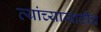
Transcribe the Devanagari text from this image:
त्यांच्यासाठीच